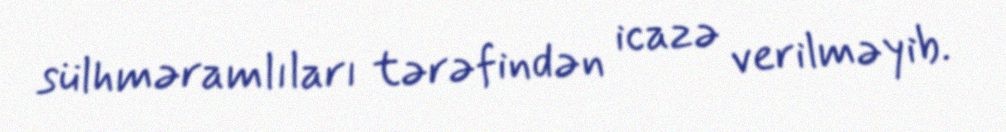
sülhməramlıları tərəfindən icazə verilməyib.